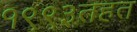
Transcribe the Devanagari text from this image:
१९९३तहत